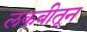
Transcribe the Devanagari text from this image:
लकबीतून